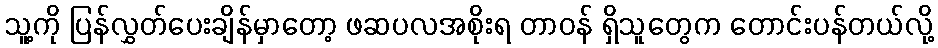
သူ့ကို ပြန်လွှတ်ပေးချိန်မှာတော့ ဖဆပလအစိုးရ တာဝန် ရှိသူတွေက တောင်းပန်တယ်လို့